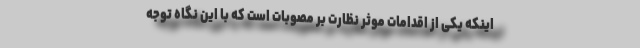
اینکه یکی از اقدامات موثر نظارت بر مصوبات است که با این نگاه توجه